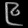
Digit: ၉